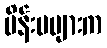
မိန်းမများက